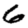
Digit: 6